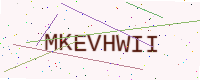
Text: MKEVHWII